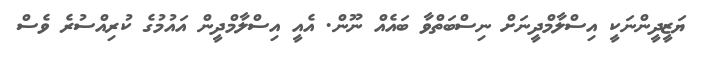
ޔަޒީދީންނަކީ އިސްލާމްދީނަށް ނިސްބަތްވާ ބައެއް ނޫން. އެއީ އިސްލާމްދީން އައުމުގެ ކުރިއްސުރެ ވެސް